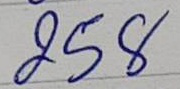
258